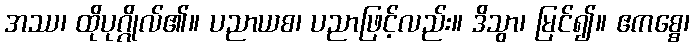
အဿ၊ ထိုပုဂ္ဂိုလ်၏။ ပညာယစ၊ ပညာဖြင့်လည်း။ ဒိသွာ၊ မြင်၍။ ဧကစ္စေ၊